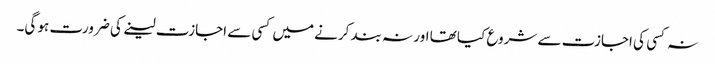
نہ کسی کی اجازت سے شروع کیا تھا اور نہ بند کرنے میں کسی سے اجازت لینے کی ضرورت ہو گی۔